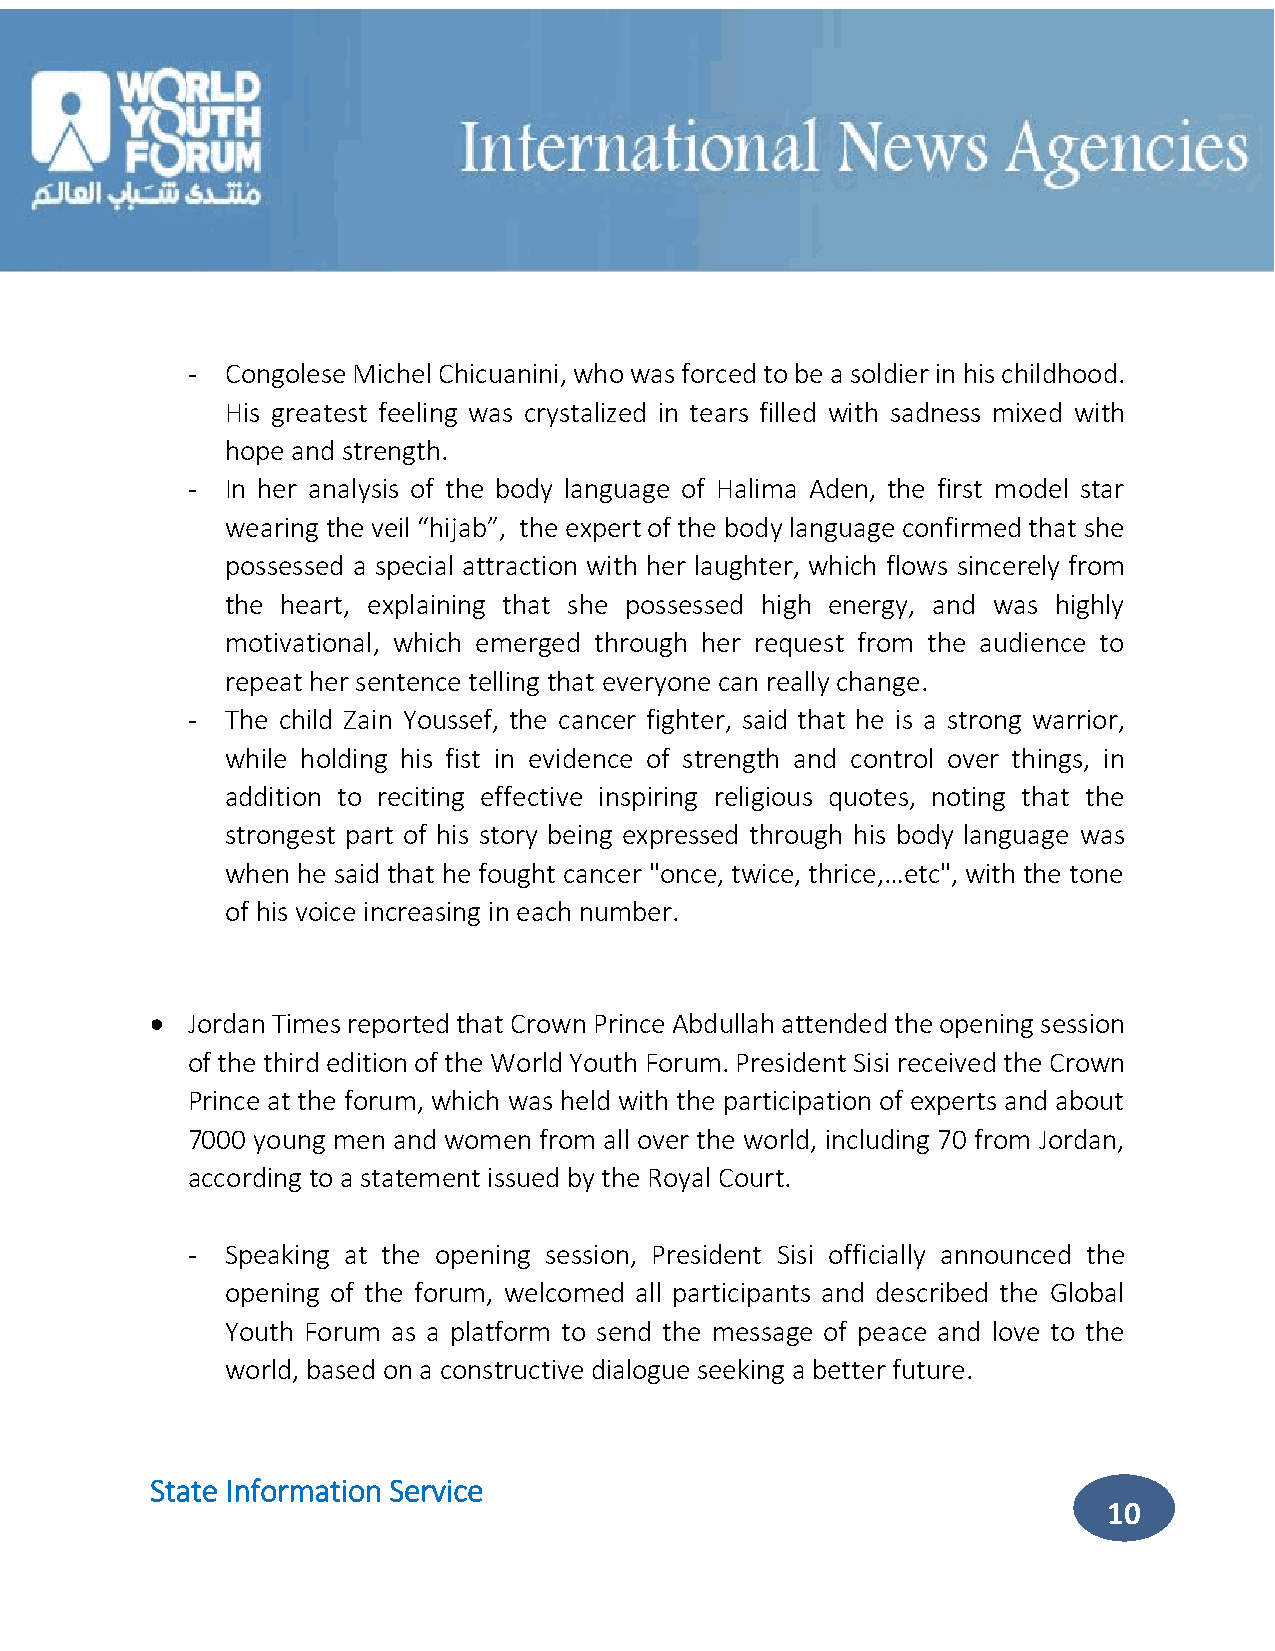
-  Congolese Michel Chicuanini, who was forced to be a soldier in his childhood.
 His greatest feeling was crystalized in tears filled with sadness mixed with
 hope and strength.
 -  In her analysis of the body language of Halima Aden, the first model star
 wearing the veil “hijab”, the expert of the body language confirmed that she
 possessed a special attraction with her laughter, which flows sincerely from
 the heart, explaining that she possessed high energy, and was highly
 motivational, which emerged through her request from the audience to
 repeat her sentence telling that everyone can really change.
 -  The child Zain Youssef, the cancer fighter, said that he is a strong warrior,
 while holding his fist in evidence of strength and control over things, in
 addition to reciting effective inspiring religious quotes, noting that the
 strongest part of his story being expressed through his body language was
 when he said that he fought cancer "once, twice, thrice,…etc", with the tone
 of his voice increasing in each number.
  Jordan Times reported that Crown Prince Abdullah attended the opening session
 of the third edition of the World Youth Forum. President Sisi received the Crown
 Prince at the forum, which was held with the participation of experts and about
 7000 young men and women from all over the world, including 70 from Jordan,
 according to a statement issued by the Royal Court.
 -  Speaking at the opening session, President Sisi officially announced the
 opening of the forum, welcomed all participants and described the Global
 Youth Forum as a platform to send the message of peace and love to the
 world, based on a constructive dialogue seeking a better future.
 State Information Service
 10